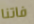
فاتنا